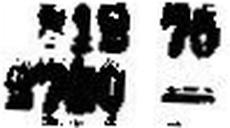
2700 —